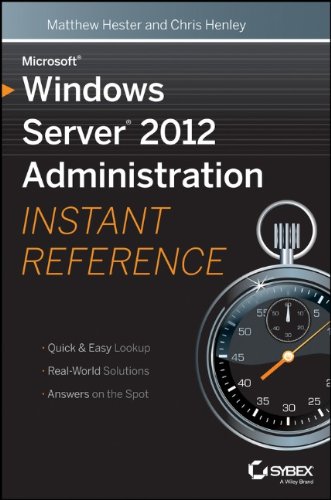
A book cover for Microsoft Windows Server 2012 Administration Instant Reference; Matthew Hester; Computers & Technology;